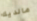
مالديك